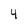
Character: 4